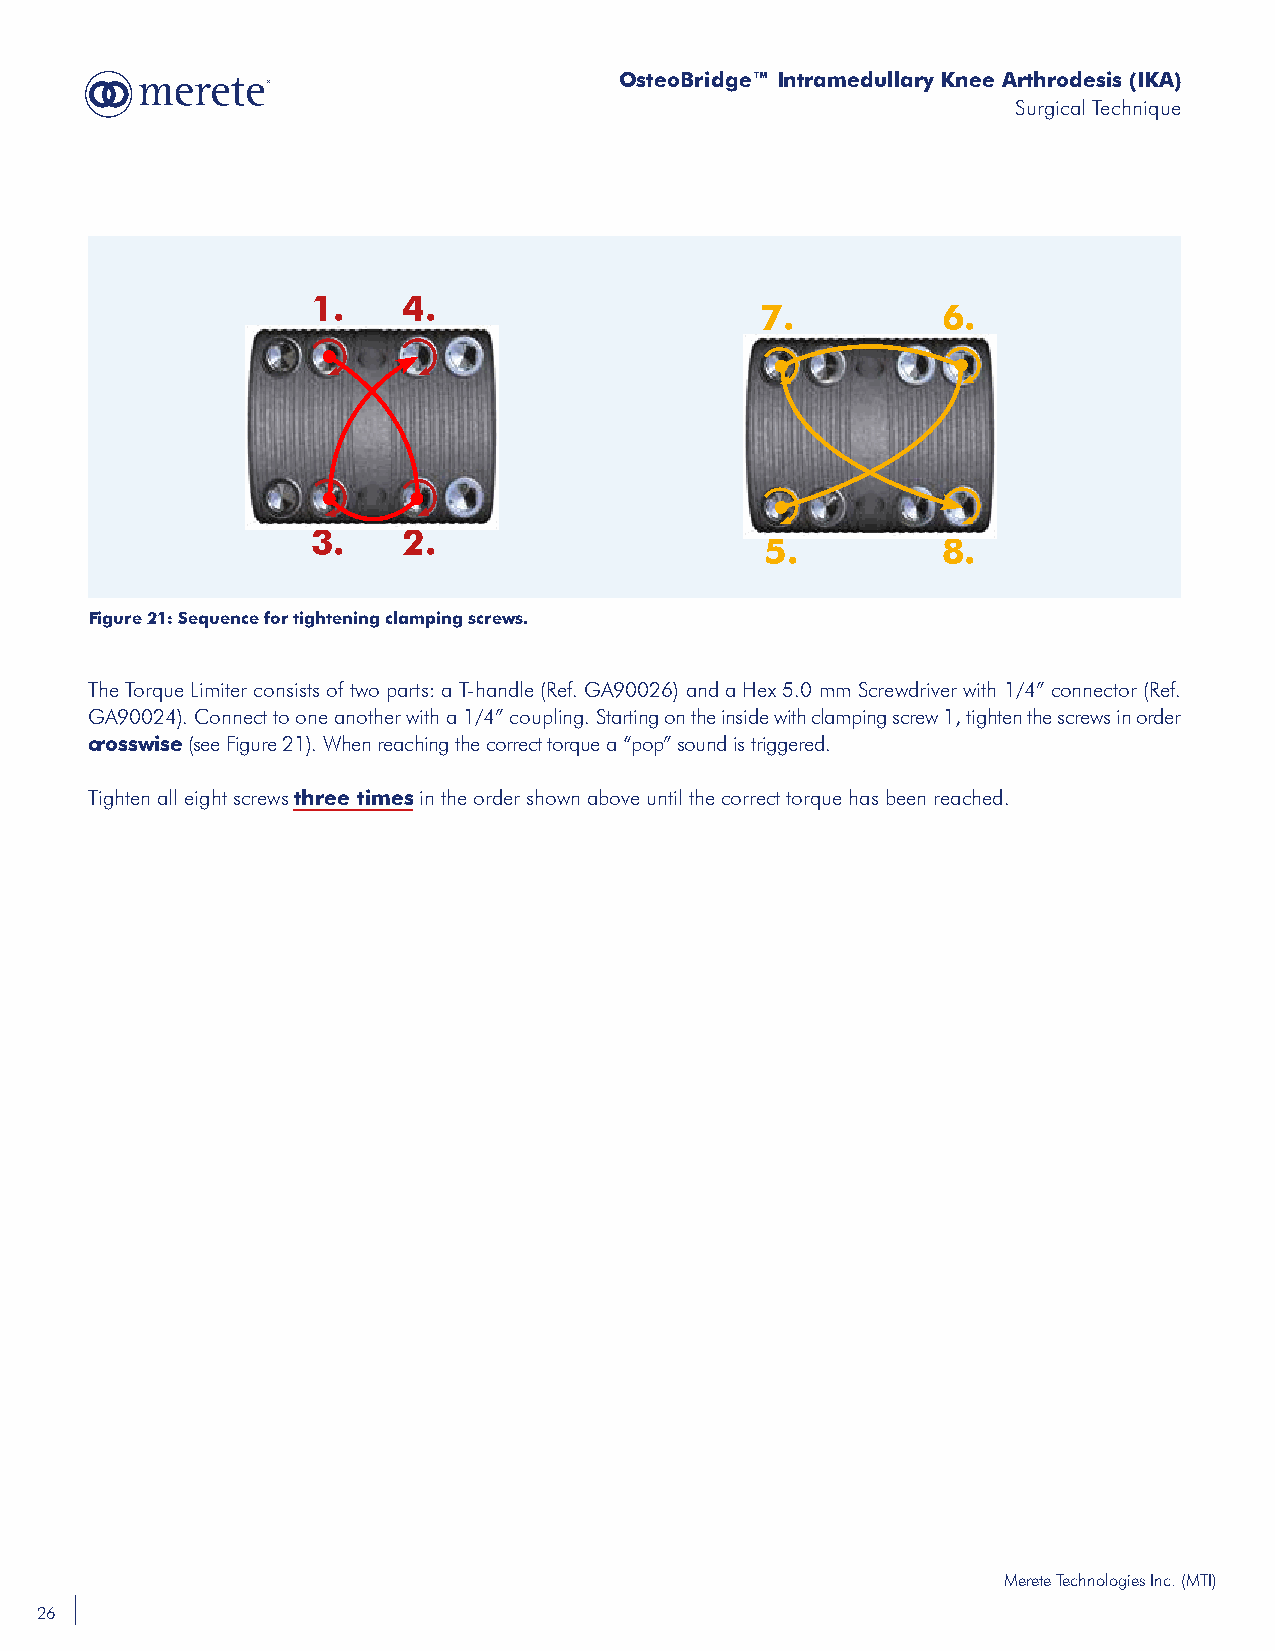
OsteoBridge™ Intramedullary Knee Arthrodesis (IKA)
 Surgical Technique
 1.    4.
 7.          6.
 3.    2.
 5.         8.
 Figure 21: Sequence for tightening clamping screws.
 The Torque Limiter consists of two parts: a T-handle (Ref. GA90026) and a Hex 5.0 mm Screwdriver with 1/4” connector (Ref.
 GA90024). Connect to one another with a 1/4” coupling. Starting on the inside with clamping screw 1, tighten the screws in order
 crosswise (see Figure 21). When reaching the correct torque a “pop” sound is triggered.
 Tighten all eight screws three times in the order shown above until the correct torque has been reached.
 Merete Technologies Inc. (MTI)
 26